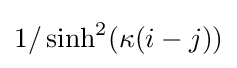
1/\sinh ^{2}(\kappa (i-j))